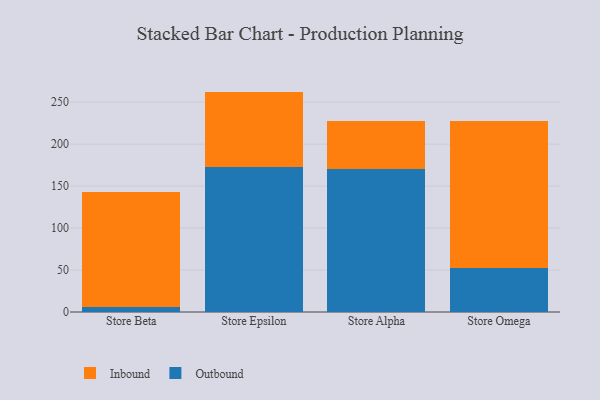
{"axis": {"x": "Store", "y": "Revenue (USD Million)"}, "legend": ["Inbound", "Outbound"], "data": [{"x": "Store Beta", "y": 6.3, "type": "Outbound"}, {"x": "Store Beta", "y": 136.8, "type": "Inbound"}, {"x": "Store Epsilon", "y": 172.9, "type": "Outbound"}, {"x": "Store Epsilon", "y": 89.7, "type": "Inbound"}, {"x": "Store Alpha", "y": 170.1, "type": "Outbound"}, {"x": "Store Alpha", "y": 57.4, "type": "Inbound"}, {"x": "Store Omega", "y": 52.3, "type": "Outbound"}, {"x": "Store Omega", "y": 175.3, "type": "Inbound"}]}